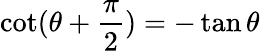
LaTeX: \cot(\theta+{\frac{\pi}{2}})=-\tan\theta